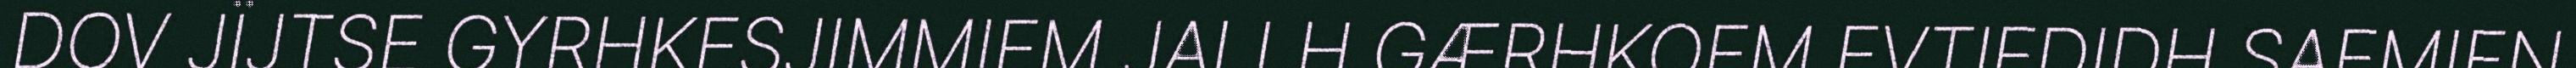
DOV JÏJTSE GYRHKESJIMMIEM JALLH GÆRHKOEM EVTIEDIDH SAEMIEN